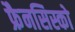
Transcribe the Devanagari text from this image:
फ्रैनसिस्को